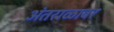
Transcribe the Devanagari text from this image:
अंतराळावर